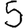
Digit: 5